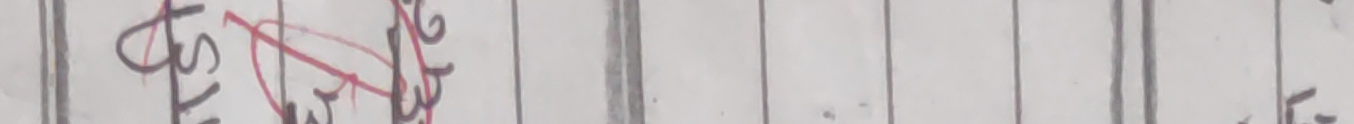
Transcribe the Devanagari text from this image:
तोसरु